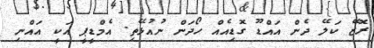
ރޮޒޭ ކަލޭ ދެން އައްޑޫ ގޮޑިއެއް ހޯދަން ނުއުޅޭތި. އެމްޑީޕީ އަކީ އައްނި